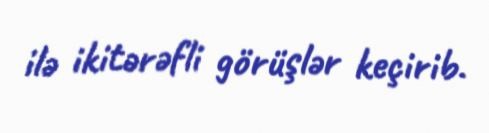
ilə ikitərəfli görüşlər keçirib.